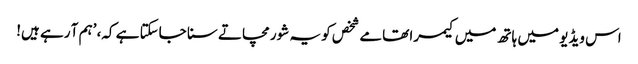
اس ویڈیو میں ہاتھ میں کیمرا تھامے شخص کو یہ شور مچاتے سنا جاسکتا ہے کہ، ’ہم آ رہے ہیں!